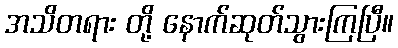
အသိတရား တို့ နောက်ဆုတ်သွားကြပြီ။